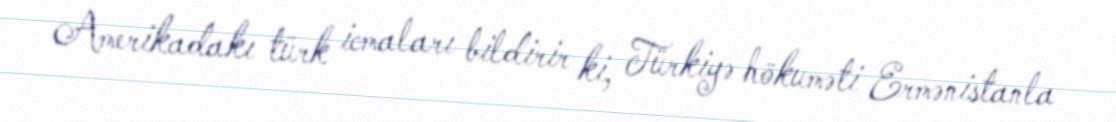
Amerikadakı türk icmaları bildirir ki, Türkiyə hökuməti Ermənistanla